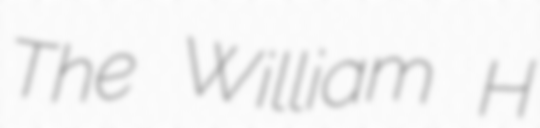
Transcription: The William H